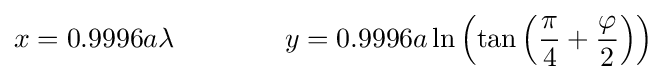
x=0.9996a\lambda \qquad \qquad y=0.9996a\ln \left(\tan \left({\frac {\pi }{4}}+{\frac {\varphi }{2}}\right)\right)